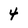
Character: 4